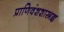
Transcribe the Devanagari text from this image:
प्राणिवंशशास्त्रज्ञ